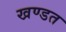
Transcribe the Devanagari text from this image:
खण्डत